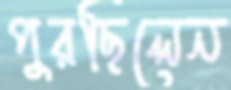
পুরছিলেন